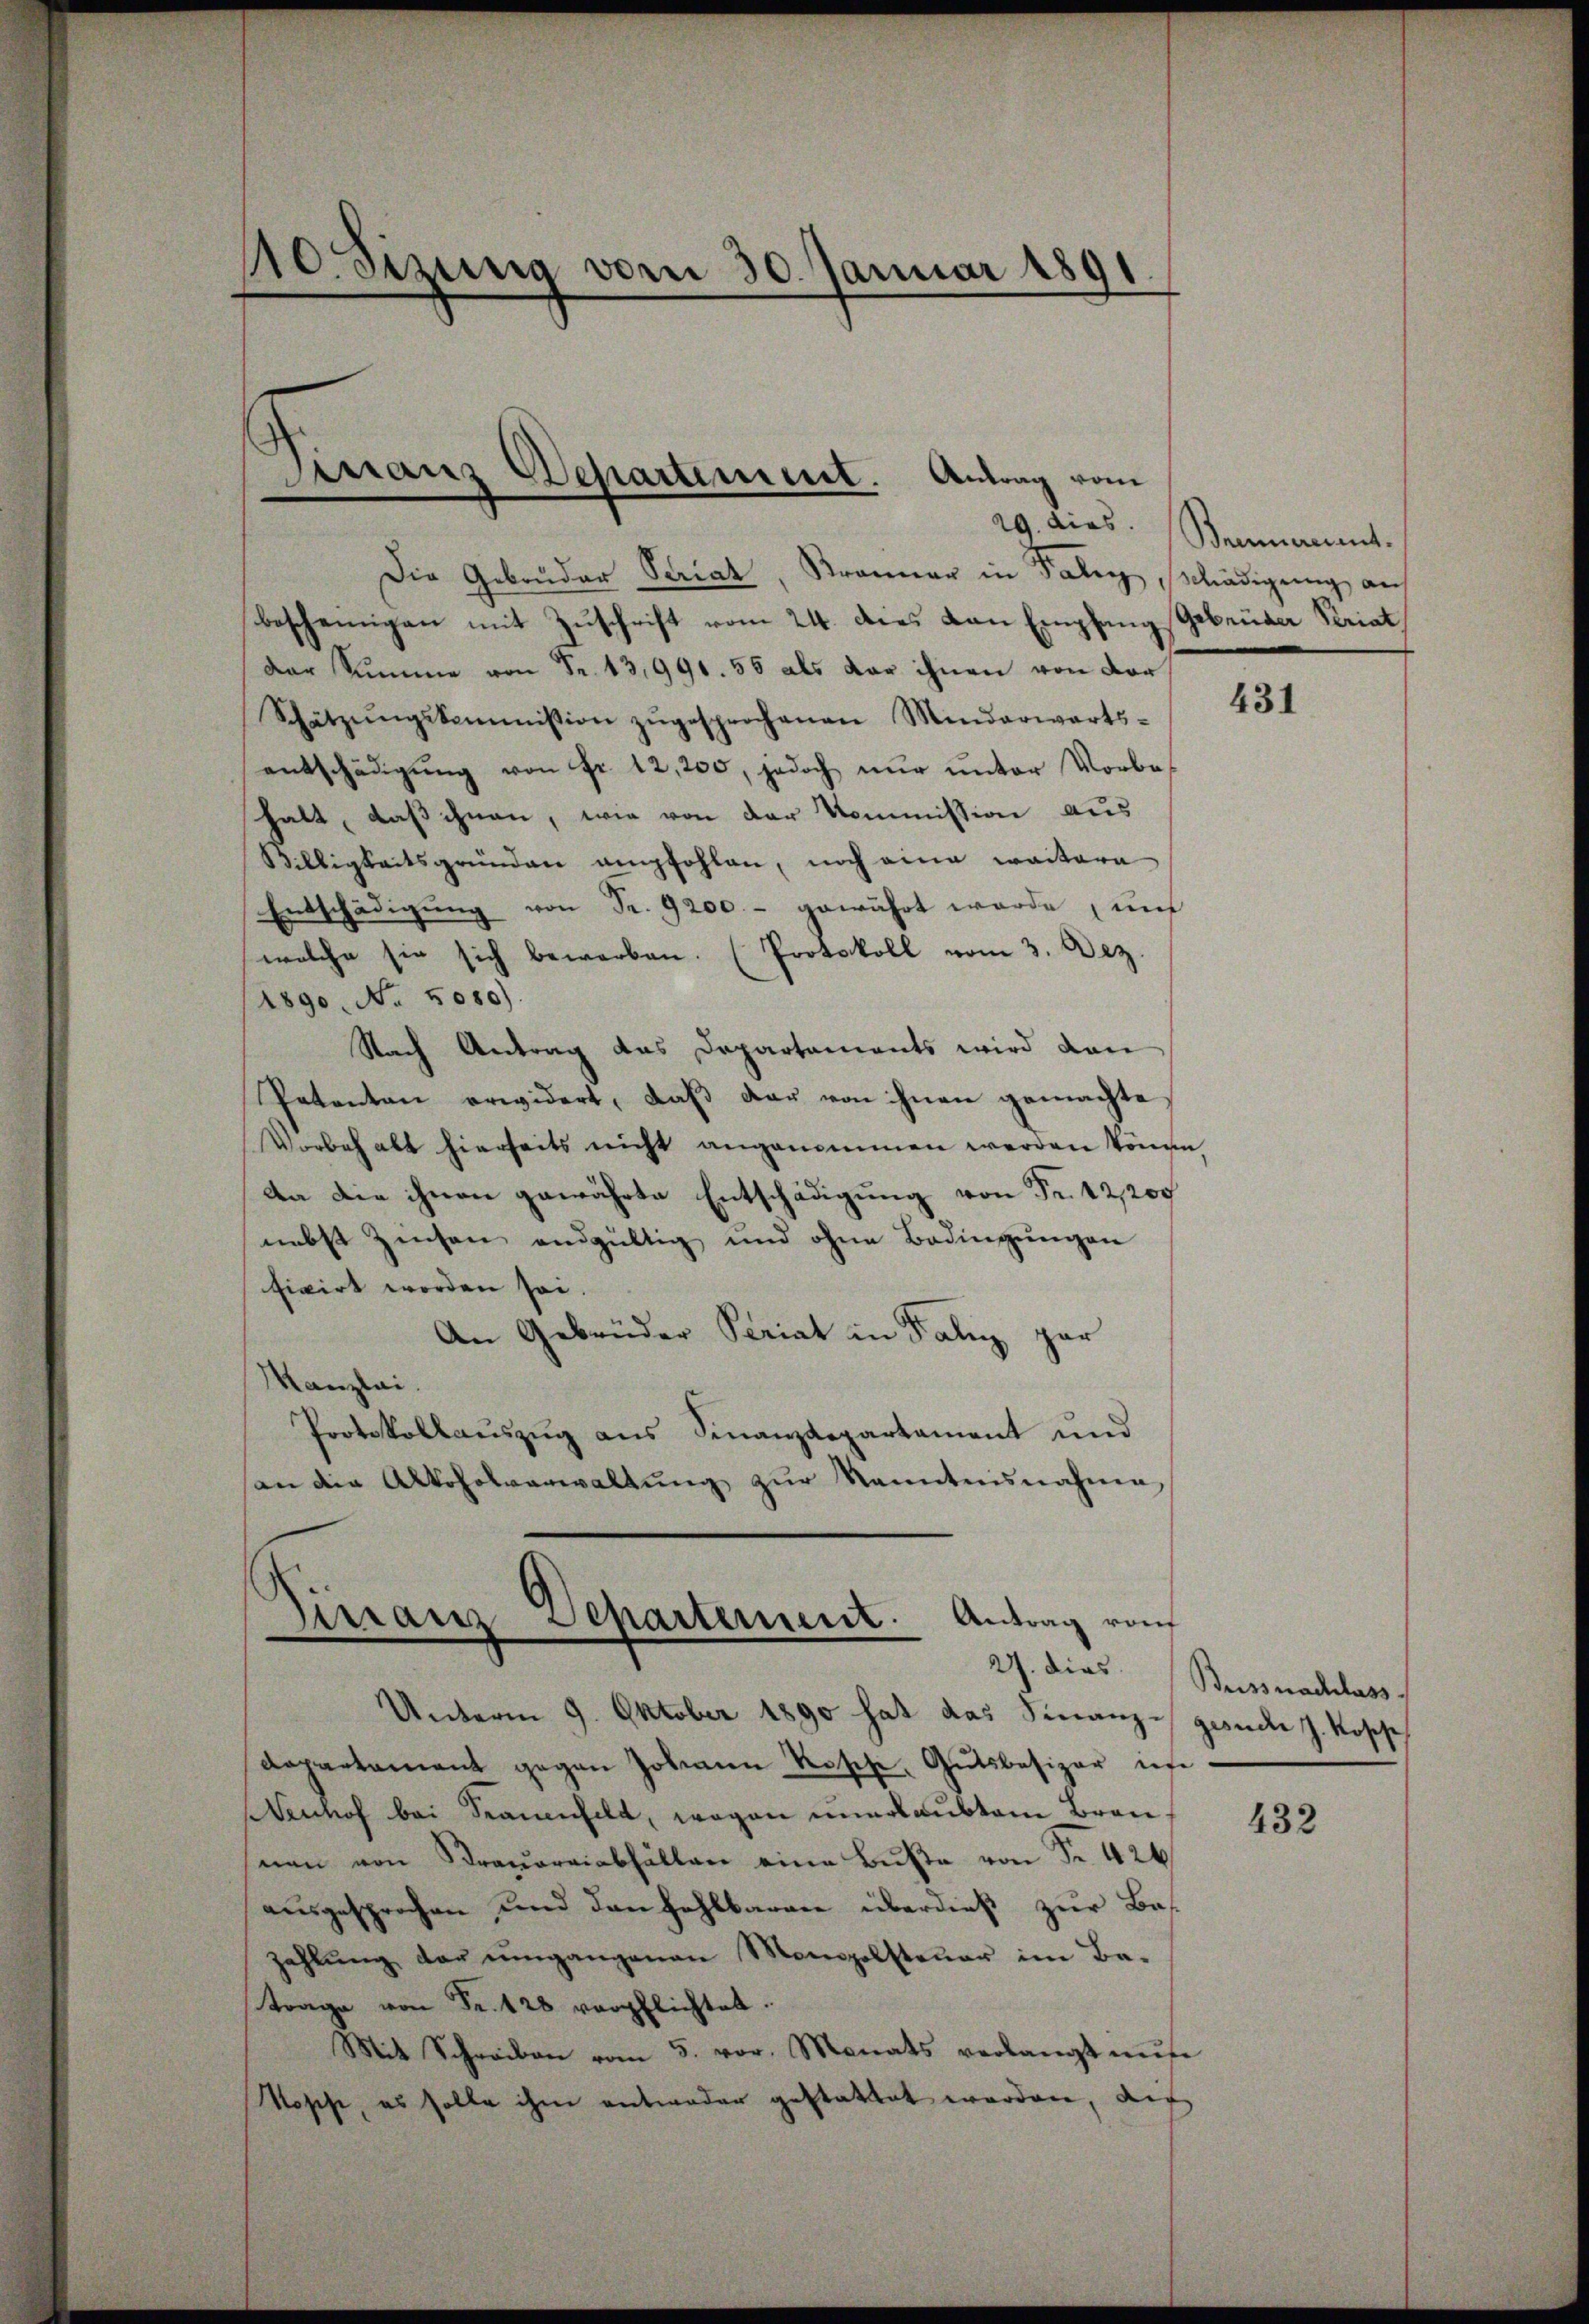
0sizung vom 30. Januar 1891
3
Kirranz Departement. Antrag vom

Die Gebrüder Serial, Branner in Talen, Schädigung auf
bescheinigen mit Zuschrift vom 24. Dies von Empfang Gebrüder Seriat,
Der Summe von Fr. 13,991. 55 als dar ihnen von der
Schützŭngskommission zŭgesprochenen Minderwärts-
entschädigŭng von Fr. 12,200, jedoch nur unter Vorbehalt, daß ihnen, wie von der Kommission aus
Willigkeitsgründen empfohlen, noch eine weitere
Entschädigung von Fr. 9200.- gewährt wurde, und
welche sie sich bewerben. (Protokoll vom 3. Dez.
1890. No. 5080).
Nach Antrag das Departements wird dan
Petenten erwidert, daβ der von ihnen gemachte
Vorbehalt hierseits nicht angenommen werden könne.
da die ihnen gewährte Entschädigung von Fr. 12,00
nebst Zinsen endgültig und ohne Bedingungen
ficirt worden sei.
An Gebrüder Periat in Fali par
Manzlai.
Protokollauszug aus Finanzdepartament und
an die Alkoholverwaltŭng zŭr Kenntnisnahme,

)
Arranz Separtement. Antrag von
27. dies

Unterm 9. Oktober 1890 hat das Finanze gesuche J. Rosse
Dapartament gegen Johannn Rosche, Gutsbesizer in
Nenhof bei Trauenfeld, wegen unerlaubtem Brau
nen von Strauarriabfällen eine Bŭβe von Fr. 426
ausgesprochen und den zahlbaren überdieß zur Bes
zahlung der umgangenen Monopolsteuer im Be-
trage von Fr. 428 verpflichtet.
Mit Schreiben vom 5. vor. Monats verlangt nŭr
Mosche, es solle ihm antwoder gestattet worden, auf

29. dies. Bernement.

431

Bussnachlass

432